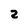
Character: 2